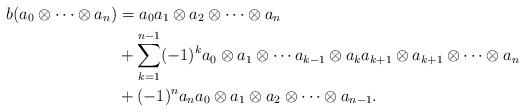
LaTeX: \begin{align*}b(a_0\otimes\cdots\otimes a_n)&=a_0a_1\otimes a_2\otimes\cdots\otimes a_n\\&+\sum_{k=1}^{n-1}(-1)^ka_0\otimes a_1\otimes\cdots a_{k-1}\otimes a_{k}a_{k+1}\otimes a_{k+1}\otimes\cdots\otimes a_n\\&+(-1)^n a_na_0\otimes a_1\otimes a_2\otimes\cdots\otimes a_{n-1}.\end{align*}